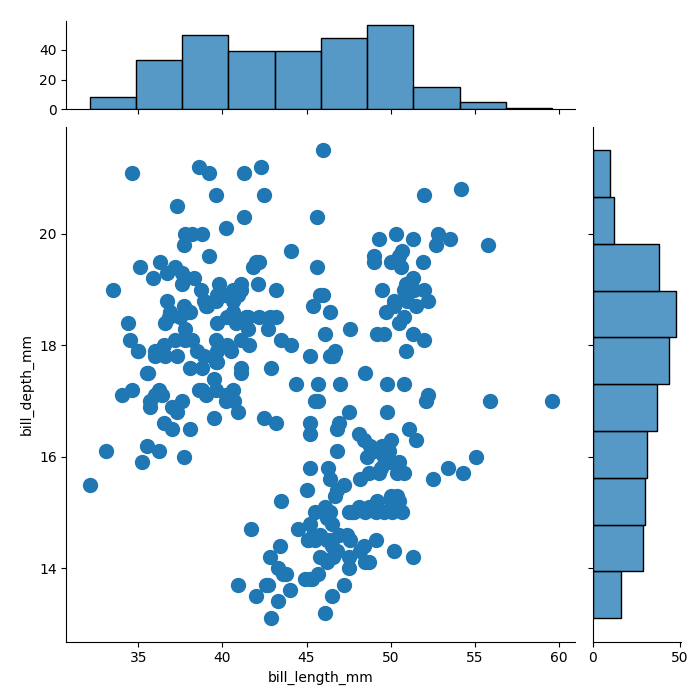
python, seaborn, jointplot, kind='scatter', height='7', ratio='5', marginal_ticks='True'